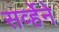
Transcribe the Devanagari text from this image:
सर्व्हेने